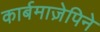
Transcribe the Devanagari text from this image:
कार्बमाज़ेपिने